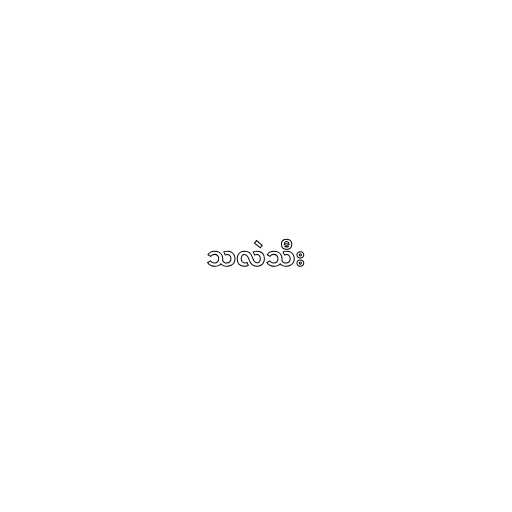
သလဲသီး